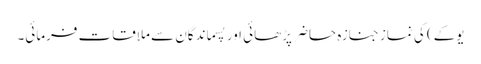
یوکے) کی نمازِ جنازہ حاضر پڑھائی اور پسماندگان سے ملاقات فرمائی۔